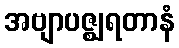
အဗျာပဇ္ဈရတာနံ